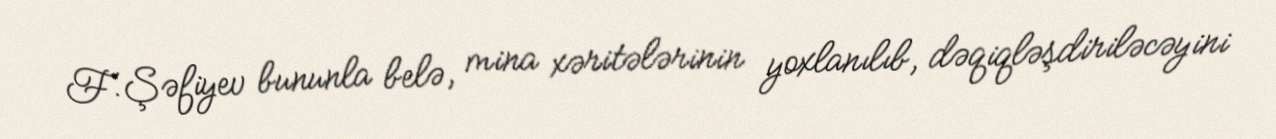
F.Şəfiyev bununla belə, mina xəritələrinin yoxlanılıb, dəqiqləşdiriləcəyini